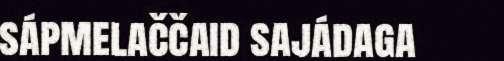
sápmelaččaid sajádaga